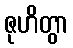
ဇုဟိတွာ